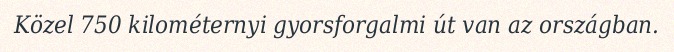
Közel 750 kilométernyi gyorsforgalmi út van az országban.